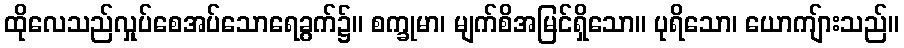
ထိုလေသည်လှုပ်စေအပ်သောရေခွက်၌။ စက္ခုမာ၊ မျက်စိအမြင်ရှိသော။ ပုရိသော၊ ယောကျ်ားသည်။